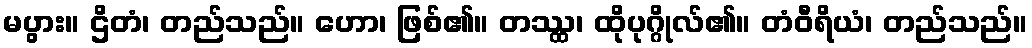
မပွား။ ဌိတံ၊ တည်သည်။ ဟော၊ ဖြစ်၏။ တဿ္ထ၊ ထိုပုဂ္ဂိုလ်၏။ တံဝီရိယံ၊ တည်သည်။